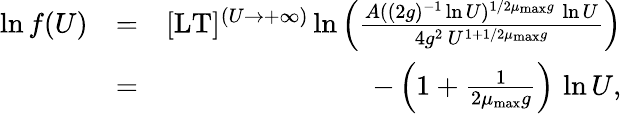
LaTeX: \begin{array}{rlr}{\ln f(U)}&{=}&{\lbrack\mathrm{LT}\rbrack^{(U\to+\infty)}\ln\left(\frac{A((2g)^{-1}\ln U)^{1/2\mu_{\mathrm{max}}g}\, \ln U}{4g^{2}\, U^{1+1/2\mu_{\mathrm{max}}g}}\right)}\\ &{=}&{-\left(1+\frac{1}{2\mu_{\mathrm{max}}g}\right)\, \ln U,}\end{array}